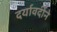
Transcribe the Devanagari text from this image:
दर्यावर्दीने